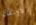
دونفان